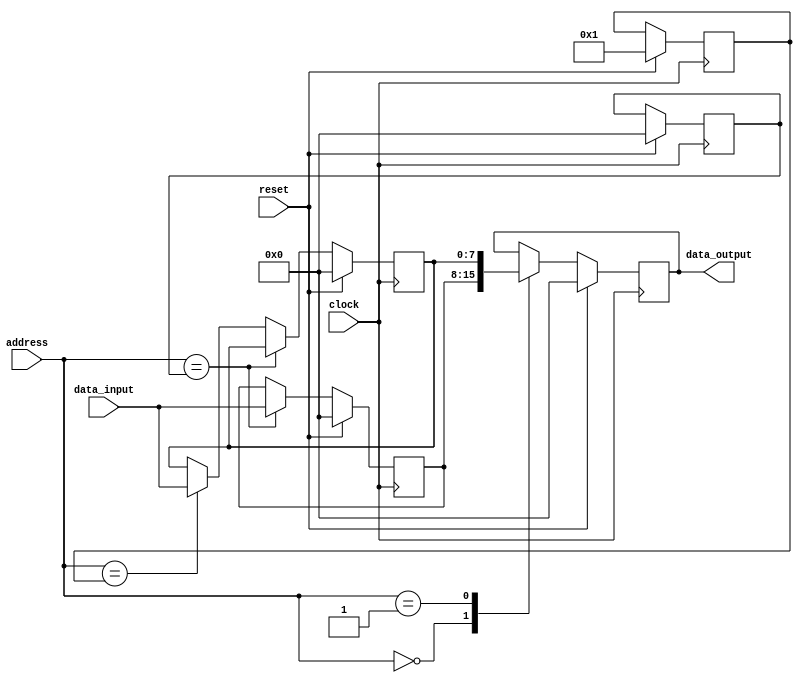
module flash_memory (
  input wire clock,
  input wire reset,
  input wire [7:0] address,
  input wire [7:0] data_input,
  output reg [7:0] data_output
);

// Address decoders
reg [7:0] memory_location1;
reg [7:0] memory_location2;
// Define memory cells
reg [7:0] memory_cell1;
reg [7:0] memory_cell2;

always @(posedge clock) begin
  if (reset) begin
    memory_location1 <= 8'h00;
    memory_location2 <= 8'h01;
    memory_cell1 <= 8'h00;
    memory_cell2 <= 8'h00;
    data_output <= 8'h00;
  end else begin
    // Read the data from selected memory location
    case (address)
      8'h00: data_output <= memory_cell1;
      8'h01: data_output <= memory_cell2;
    endcase
    
    // Write data to selected memory location
    if (address == memory_location1) begin
      memory_cell1 <= data_input;
    end else if (address == memory_location2) begin
      memory_cell2 <= data_input;
    end
  end
end
endmodule